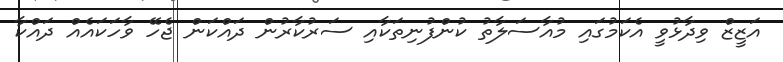
އަޒީޒް ވިދާޅުވީ އެކަމުގައި މުއާސަލާތު ކުންފުނިތަކާއި ސަރުކާރުން ދައްކަން ޖެހޭ ވާހަކައެއް ދައްކާ